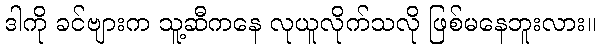
ဒါကို ခင်ဗျားက သူ့ဆီကနေ လုယူလိုက်သလို ဖြစ်မနေဘူးလား။